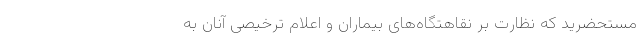
مستحضرید که نظارت بر نقاهتگاه‌های بیماران و اعلام ترخیصی آنان به